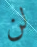
لن